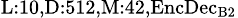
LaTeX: _{\textrm{L}:10,\textrm{D}:512,\textrm{M}:42,\textrm{EncDec}_{\textrm{B}2}}